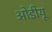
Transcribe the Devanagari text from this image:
ओडीयू